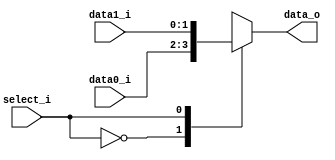
//             Alden Rivera 0416329
//             Jorge Pineda 0416330
//Subject:     CO project 2 - MUX 221
//--------------------------------------------------------------------------------
//Version:     1
//--------------------------------------------------------------------------------
//Writer:      
//----------------------------------------------
//Date:        
//----------------------------------------------
//Description: 
//--------------------------------------------------------------------------------
     
module MUX_2to1(
               data0_i,
               data1_i,
               select_i,
               data_o
               );

parameter size = 0;			   
			
//I/O ports               
input   [size-1:0] data0_i;          
input   [size-1:0] data1_i;
input              select_i;
output  [size-1:0] data_o; 

//Internal Signals
reg     [size-1:0] data_o;

//Main function
always@(*)
begin
    case(select_i)
        1'b0:
            data_o = data0_i;
        1'b1:
            data_o = data1_i;
     endcase
end
endmodule